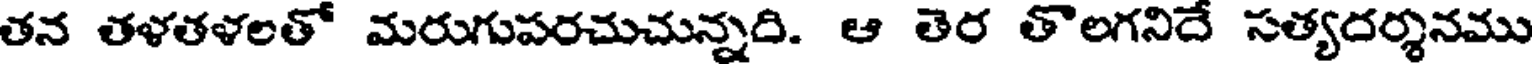
తన తళతళలతో మరుగుపరచుచున్నది. ఆ తెర తొలగనిదే సత్యదర్శనము